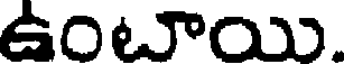
ఉంటాయి.